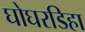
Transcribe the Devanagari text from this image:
घोघरडिहा